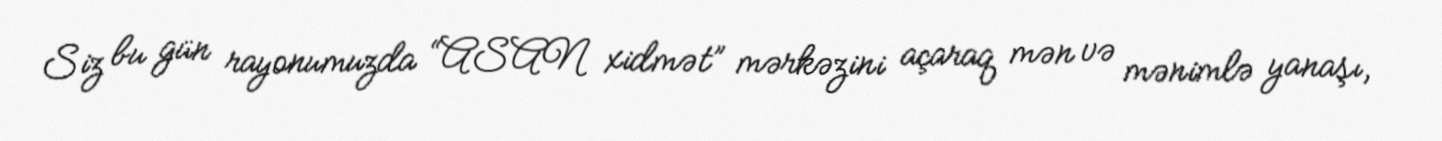
Siz bu gün rayonumuzda “ASAN xidmət” mərkəzini açaraq mən və mənimlə yanaşı,